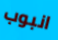
انبوب